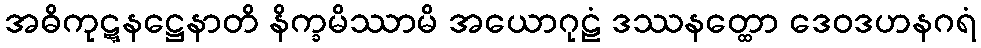
အဓိကုဋ္ဋနဋ္ဌေနာတိ နိက္ခမိဿာမိ အယောဂုဠံ ဒဿနတ္ထော ဒေဝဒဟနဂရံ